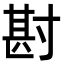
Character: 𭔶